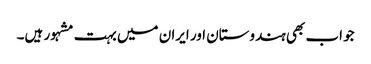
جو اب بھی ہندوستان اور ایران میں بہت مشہور ہیں۔